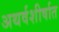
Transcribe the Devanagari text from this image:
अथर्वशीर्षात